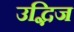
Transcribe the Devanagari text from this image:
उद्भिज